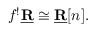
f ^ { ! } { \underline { { \mathbf { R } } } } \cong { \underline { { \mathbf { R } } } } [ n ] .